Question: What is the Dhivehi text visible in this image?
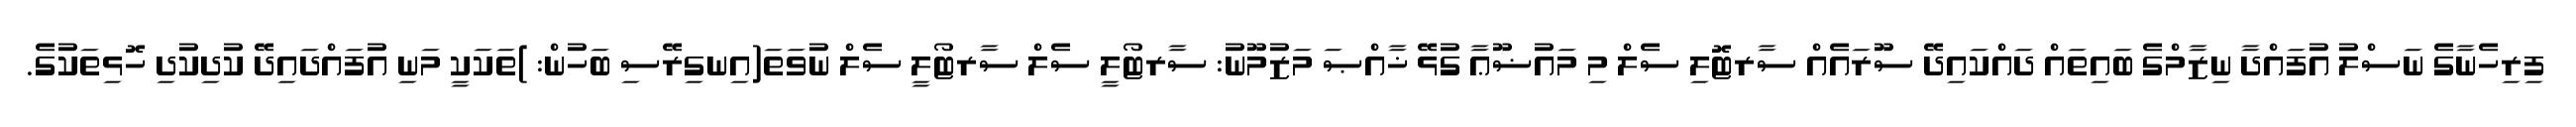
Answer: ފިރިހެނާގެ ނަސްލު އުފައްދާ ނިޒާމްގެ ބައިތައް ދައްކައިދޭ ސޫރައެއް ސާރޓޮލި ސެލް މި މައުޟޫޢާ ގުޅޭ ޚާއްޞަ މަޒުމޫނު: ސާރޓޯލީ ސެލް ސާރޓޯލީ ސެލް ނުވަތަ(އިނގިރޭސި ބަހުން: )ތަކަކީ މަނި އުފައްދައިދޭ ކުދިކުދި ހޮޅިތަކުގެ.